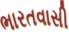
ભારતવાસી